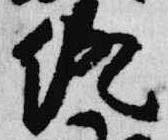
終